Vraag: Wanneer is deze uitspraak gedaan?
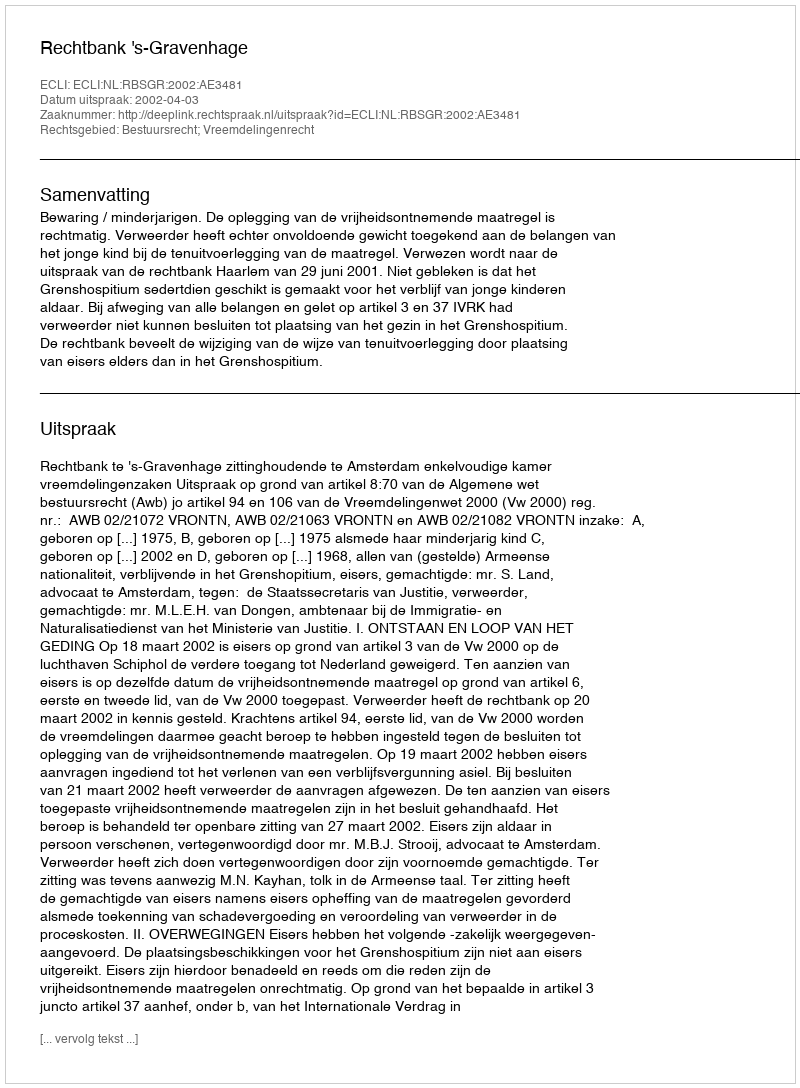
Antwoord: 2002-04-03